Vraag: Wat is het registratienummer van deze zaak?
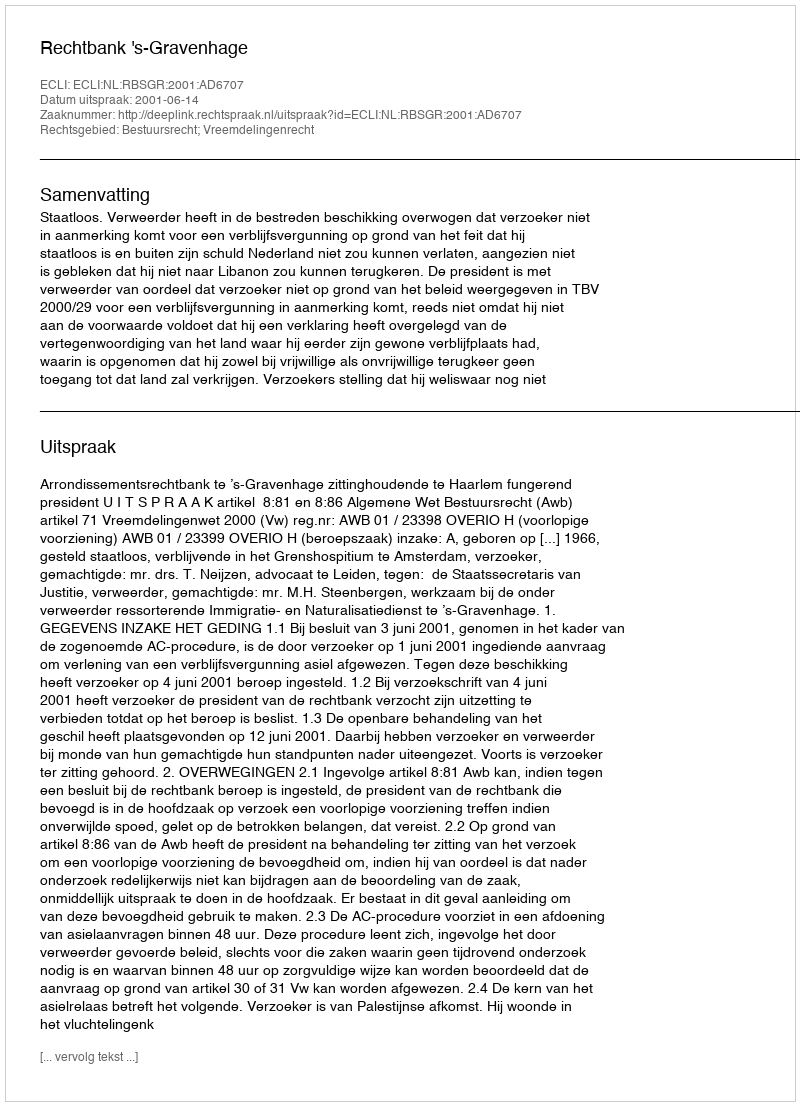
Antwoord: http://deeplink.rechtspraak.nl/uitspraak?id=ECLI:NL:RBSGR:2001:AD6707